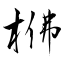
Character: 梻